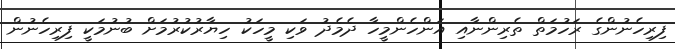
ފިރިހެނުންގެ ރަހުމަތް ތެރިންނާއި އަންހެންމީހާ ދެމެދު ވަކި މީހަކު ހިޔާރުކުރުމަށް ބުނުމަކީ ފިރިހެނުން